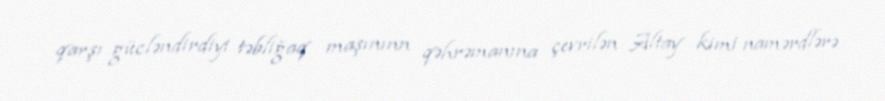
qarşı gücləndirdiyi təbliğaq maşınınn qəhrəmanına çevrilən Altay kimi namərdlərə